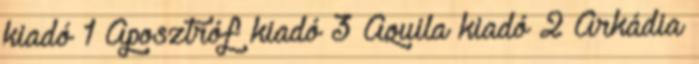
kiadó 1 Aposztróf kiadó 3 Aquila kiadó 2 Árkádia